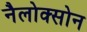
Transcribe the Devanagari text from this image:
नैलोक्सोन